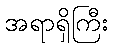
အရာရှိကြီး